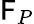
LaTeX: \mathsf{F}_{P}